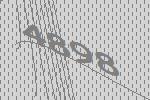
4898